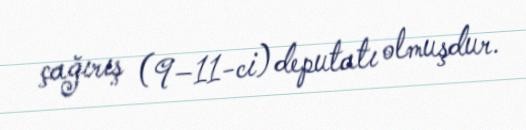
çağırış (9–11-ci) deputatı olmuşdur.